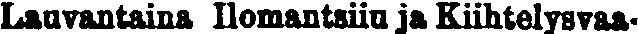
Lauvantaina Ilomantsiin ja Kiihtelysvaa-